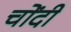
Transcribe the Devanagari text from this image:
चोंदी